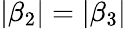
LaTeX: |\beta_{2}|=|\beta_{3}|